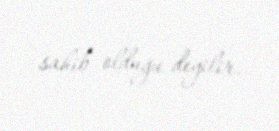
sahib olduğu deyilir.